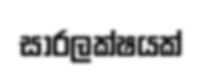
සාරලක්ෂයක්